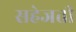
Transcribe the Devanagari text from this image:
सहेजती